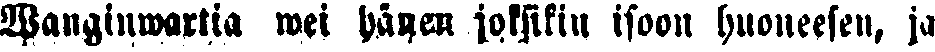
Wanginwatria wei hänen joksiskin isoon huoneeseen, ja